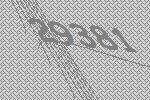
29381